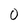
Character: O